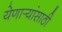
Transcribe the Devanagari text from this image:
येणार्‍यांसाठी